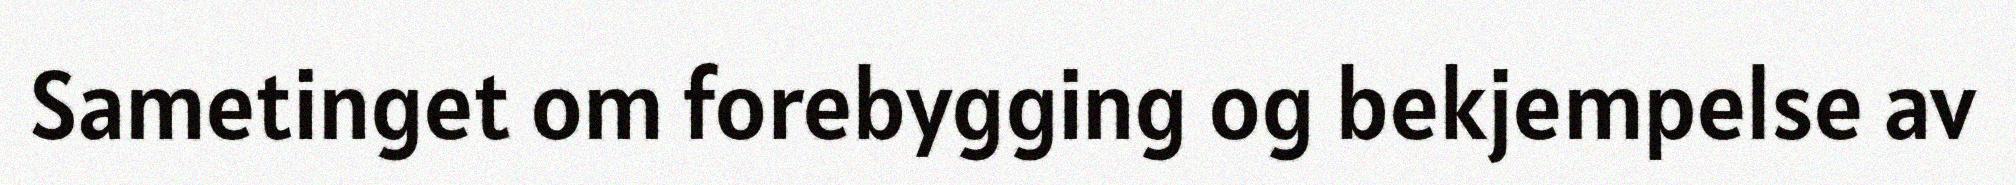
Sametinget om forebygging og bekjempelse av